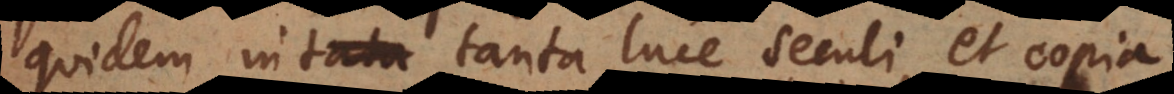
quidem in tanta luce seculi, et copia